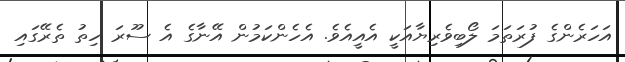
އަހަރެންގެ ފުރަތަމަ ލޯބިވެރިޔާއަކީ އެއީއެވެ. އެހެންކަމުން އޭނާގެ އެ ސޫރަ ހިތު ތެރޭގައި